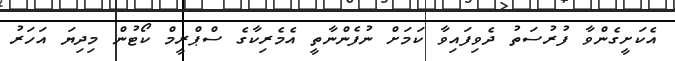
އެކަށީގެންވާ ފުރުސަތު ދެވިފައިވާ ކަމަށް ނުފެންނާތީ އެމެރިކާގެ ސްޕްރީމް ކޯޓުން މިދިޔަ އަހަރު